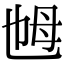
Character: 乸